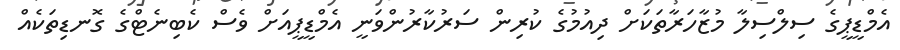
އެމްޑީޕީގެ ސިލްސިލާ މުޒާހަރާތަކަށް ދިއުމުގެ ކުރިން ސަރުކާރުންވަނީ އެމްޑީޕީއަށް ވެސް ކެބިނެޓްގެ ގޮނޑިތަކެއް